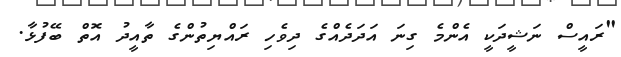
"ރައީސް ނަޝީދަކީ އެންމެ ގިނަ އަދަދެއްގެ ދިވެހި ރައްޔިތުންގެ ތާއީދު އޮތް ބޭފުޅާ.